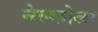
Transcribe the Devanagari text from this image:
नेल्कोला